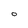
Character: 0